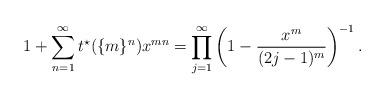
LaTeX: \begin{align*}1+\sum_{n=1}^{\infty}t^{\star}(\{m\}^n)x^{mn}=\prod_{j=1}^{\infty}\left(1-\frac{x^m}{(2j-1)^m}\right)^{-1}.\end{align*}